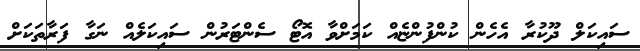
ސައިކަލް ދޫކުރާ އެހެން ކުންފުންޏެއް ކަމަށްވާ އޮޓޯ ސެންޓަރުން ސައިކަލެއް ނަގާ ފަރާތަކަށް